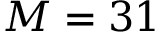
M = 3 1